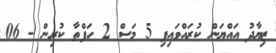
ޒިޔާދު އައްޔަން ކުރައްވައިފި 5 މަސް 2 ހަފްތާ ކުރިން - 06